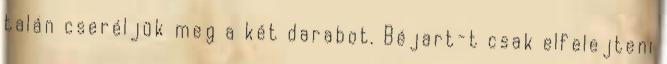
talán cseréljük meg a két darabot. Béjart-t csak elfelejteni